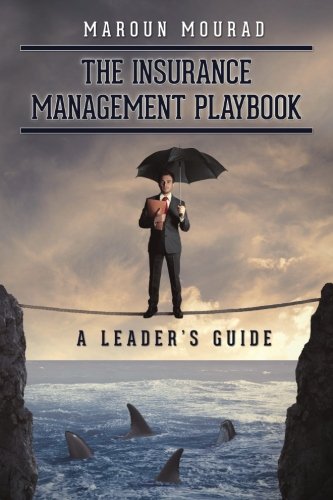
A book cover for The Insurance Management Playbook: A Leader's Guide; Maroun Mourad; Business & Money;